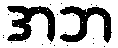
အဘ